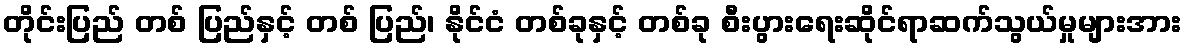
တိုင်းပြည် တစ် ပြည်နှင့် တစ် ပြည်၊ နိုင်ငံ တစ်ခုနှင့် တစ်ခု စီးပွားရေးဆိုင်ရာဆက်သွယ်မှုများအား